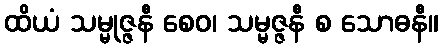
ထိယံ သမ္မုဇ္ဇနီ စေဝ၊ သမ္မဇ္ဇနီ စ သောဓနီ။